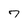
Character: 7